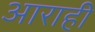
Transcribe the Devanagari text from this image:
आराही